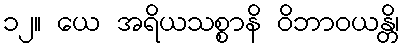
၁၂။ ယေ အရိယသစ္စာနိ ဝိဘာဝယန္တိ၊